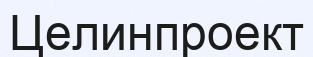
Целинпроект